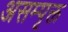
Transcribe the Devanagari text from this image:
असम्पृक्त